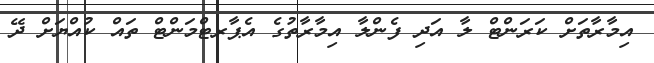
އިމާރާތަށް ކަރަންްޓް ލާ އަދި ފެންލާ އިމާރާތުގެ އެޕާރޓްމަންޓް ތައް ކުއްޔަށް ދޭ